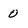
Character: 0